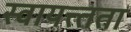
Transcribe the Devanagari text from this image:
स्वायत्त्तता